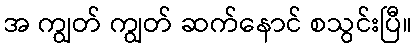
အ ကျွတ် ကျွတ် ဆက်နောင် စသွင်းပြီ။